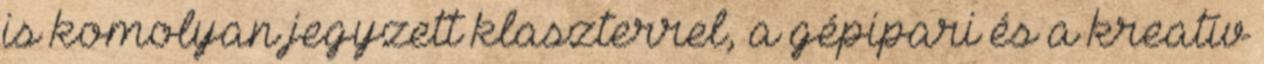
is komolyan jegyzett klaszterrel, a gépipari és a kreatív